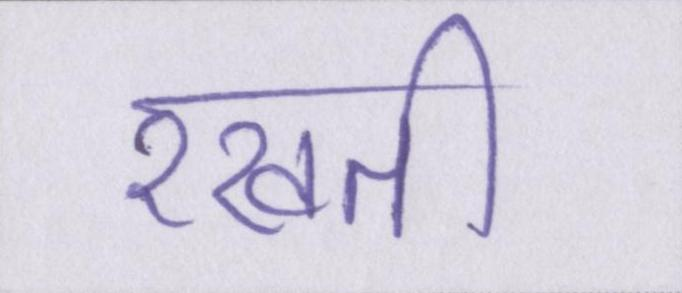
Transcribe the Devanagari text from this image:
रखती